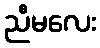
ညီမလေး